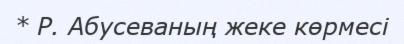
* Р. Абусеваның жеке көрмесі